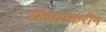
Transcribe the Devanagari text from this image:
रोबातकरीम